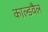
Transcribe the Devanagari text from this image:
काल्डवैल